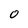
Character: 0